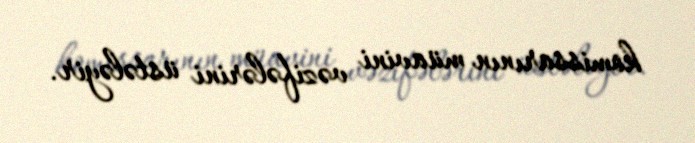
komissarının müavini vəzifələrini üstələyir.